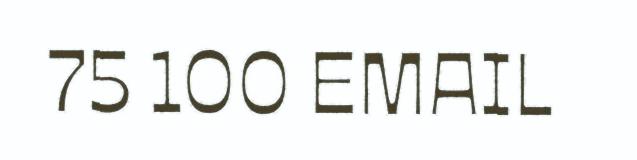
75 100 EMAIL